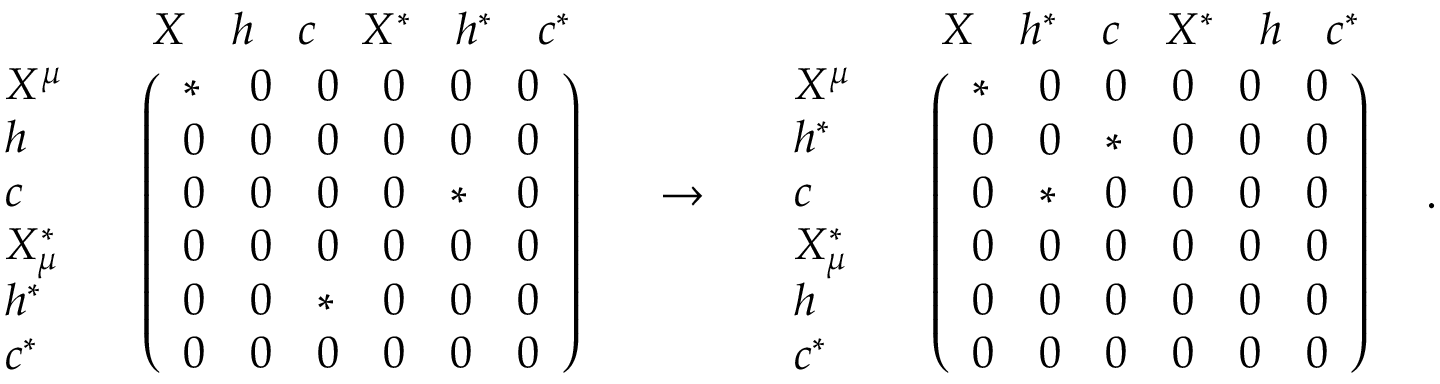
\begin{array} { l c r } { { \begin{array} { l c } { { } } & { { \begin{array} { c c c c c c } { { X } } & { { h } } & { { c } } & { { X ^ { * } } } & { { h ^ { * } } } & { { c ^ { * } } } \end{array} } } \\ { { \begin{array} { l } { { X ^ { \mu } } } \\ { { h } } \\ { { c } } \\ { { X _ { \mu } ^ { * } } } \\ { { h ^ { * } } } \\ { { c ^ { * } } } \end{array} } } & { { \left( \begin{array} { l l l l l l } { { * } } & { { 0 } } & { { 0 } } & { { 0 } } & { { 0 } } & { { 0 } } \\ { { 0 } } & { { 0 } } & { { 0 } } & { { 0 } } & { { 0 } } & { { 0 } } \\ { { 0 } } & { { 0 } } & { { 0 } } & { { 0 } } & { { * } } & { { 0 } } \\ { { 0 } } & { { 0 } } & { { 0 } } & { { 0 } } & { { 0 } } & { { 0 } } \\ { { 0 } } & { { 0 } } & { { * } } & { { 0 } } & { { 0 } } & { { 0 } } \\ { { 0 } } & { { 0 } } & { { 0 } } & { { 0 } } & { { 0 } } & { { 0 } } \end{array} \right) } } \end{array} } } & { { \rightarrow } } & { { \begin{array} { l c } { { } } & { { \begin{array} { c c c c c c } { { X } } & { { h ^ { * } } } & { { c } } & { { X ^ { * } } } & { { h } } & { { c ^ { * } } } \end{array} } } \\ { { \begin{array} { l } { { X ^ { \mu } } } \\ { { h ^ { * } } } \\ { { c } } \\ { { X _ { \mu } ^ { * } } } \\ { { h } } \\ { { c ^ { * } } } \end{array} } } & { { \left( \begin{array} { l l l l l l } { { * } } & { { 0 } } & { { 0 } } & { { 0 } } & { { 0 } } & { { 0 } } \\ { { 0 } } & { { 0 } } & { { * } } & { { 0 } } & { { 0 } } & { { 0 } } \\ { { 0 } } & { { * } } & { { 0 } } & { { 0 } } & { { 0 } } & { { 0 } } \\ { { 0 } } & { { 0 } } & { { 0 } } & { { 0 } } & { { 0 } } & { { 0 } } \\ { { 0 } } & { { 0 } } & { { 0 } } & { { 0 } } & { { 0 } } & { { 0 } } \\ { { 0 } } & { { 0 } } & { { 0 } } & { { 0 } } & { { 0 } } & { { 0 } } \end{array} \right) } } \end{array} } } \end{array} .